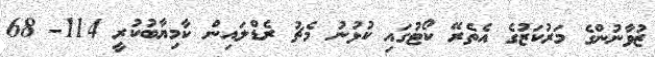
ޒުވާނުންގެ މަރުކަޒުގެ އެތެރޭ ކޯޓުގައި ކުޅުނު މެޗު ރެޑްލައިން ކާމިޔާބުކުރީ 114- 68